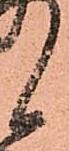
候